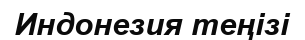
Индонезия теңізі